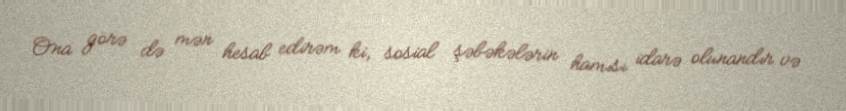
Ona görə də mən hesab edirəm ki, sosial şəbəkələrin hamısı idarə olunandır və